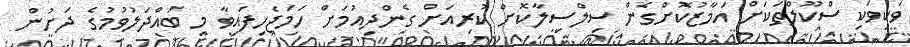
ވަކިވަކި ސްކޫލްތަކަށް އަމާޒުކޮށްގެން ސިލްސިލާކޮށް ކުރިއަށް ގެންދިއުމަށް ހަމަޖެހިފައިވާ މި ބައްދަލުވުމުގެ ދަށުން